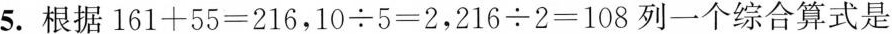
5.根据$$ 161+55=216 $$，$$ 10\div5=2 $$，$$ 216\div2=108 $$列一个综合算式是